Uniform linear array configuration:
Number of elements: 12
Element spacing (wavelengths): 0.75
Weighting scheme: kaiser
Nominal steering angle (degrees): -45
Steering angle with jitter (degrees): -46.541
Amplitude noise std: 0.05
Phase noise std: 0.05

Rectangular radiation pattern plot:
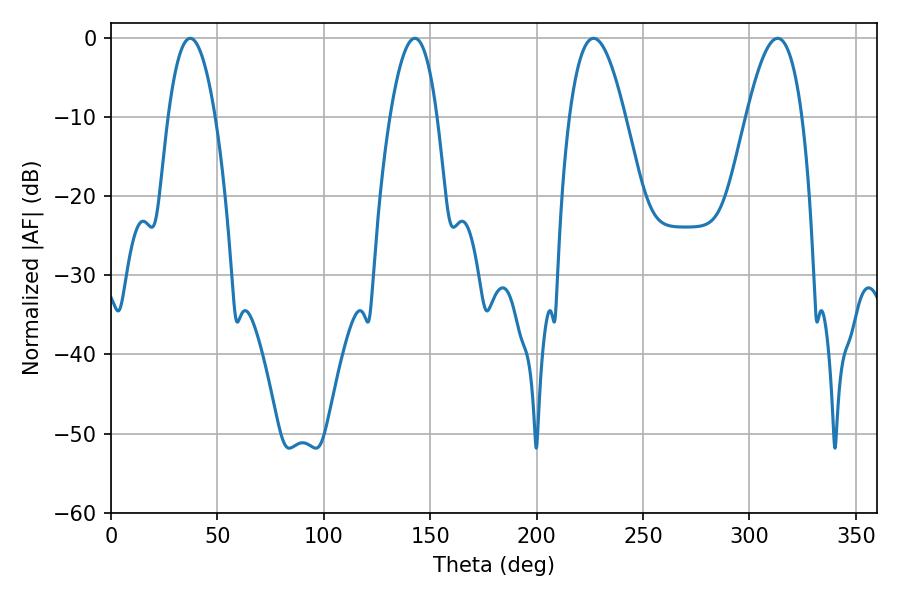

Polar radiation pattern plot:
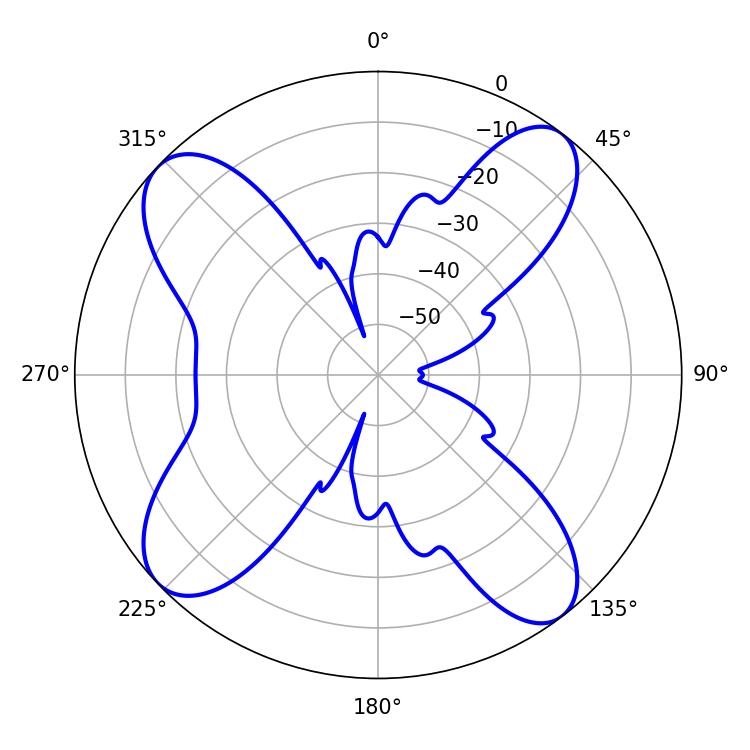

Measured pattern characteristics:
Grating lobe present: TRUE
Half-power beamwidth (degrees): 12.24
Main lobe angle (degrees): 37.26